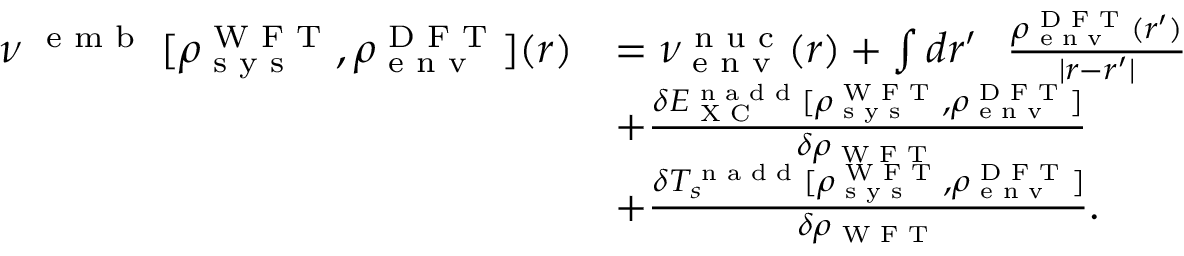
\begin{array} { r l } { \nu ^ { \textrm { { e m b } } } [ \rho _ { \textrm { s y s } } ^ { \textrm { W F T } } , \rho _ { \textrm { e n v } } ^ { \textrm { D F T } } ] ( r ) } & { = \nu _ { \textrm { e n v } } ^ { \textrm { n u c } } ( r ) + \int d r ^ { \prime } ~ ~ \frac { \rho _ { \textrm { e n v } } ^ { \textrm { D F T } } ( r ^ { \prime } ) } { | r - r ^ { \prime } | } } \\ & { + \frac { \delta E _ { \textrm { X C } } ^ { \textrm { n a d d } } [ \rho _ { \textrm { s y s } } ^ { \textrm { W F T } } , \rho _ { \textrm { e n v } } ^ { \textrm { D F T } } ] } { \delta \rho _ { \textrm { W F T } } } } \\ & { + \frac { \delta T _ { s } ^ { \textrm { n a d d } } [ \rho _ { \textrm { s y s } } ^ { \textrm { W F T } } , \rho _ { \textrm { e n v } } ^ { \textrm { D F T } } ] } { \delta \rho _ { \small { \textrm { W F T } } } } . } \end{array}